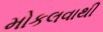
મોકલવાથી